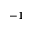
^ { - 1 }